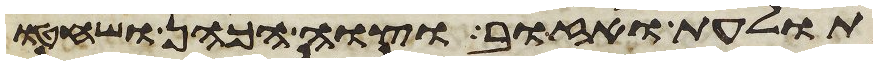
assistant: תולעת ואזוב וצוה הכהן ושחטו